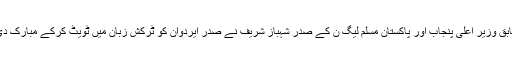
سابق وزیر اعلی پنجاب اور پاکستان مسلم لیگ ن کے صدر شہباز شریف نے صدر ایردوان کو ٹرکش زبان میں ٹویٹ کرکے مبارک دی۔